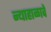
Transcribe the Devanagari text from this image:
न्याहाळावे